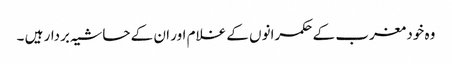
وہ خود مغرب کے حکمرانوں کے غلام اور ان کے حاشیہ بردار ہیں ۔